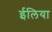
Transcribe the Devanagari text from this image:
ईलिया